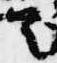
首